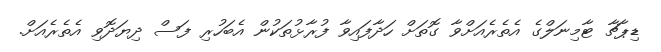
ޑިޕާޗާ ޓާމިނަލްގެ އެތެރެއަށްވާ ގޮތަށް ހަދާފައިވާ ފުރާޅުތަކުން އެބަހުރި ފަސް ދިޔަދޮވި އެތެރެއަށް.